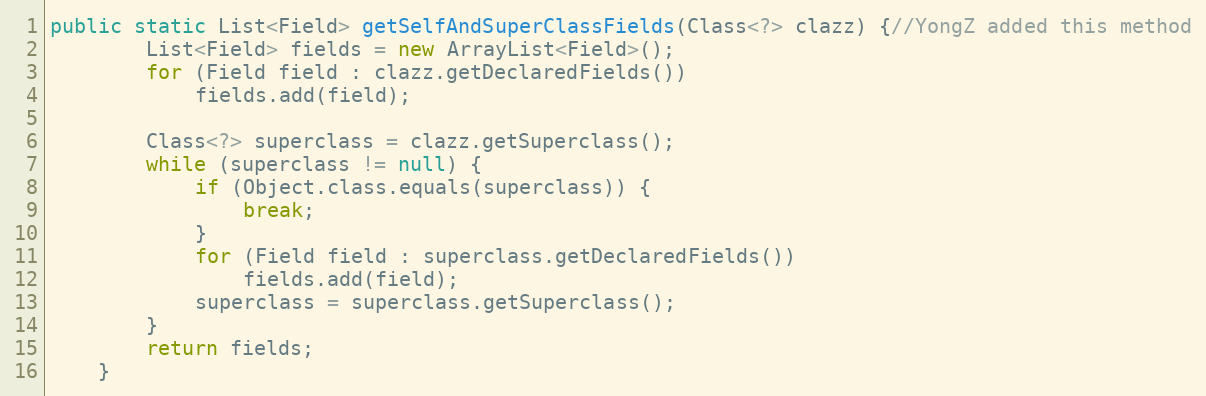
Language: Java
public static List<Field> getSelfAndSuperClassFields(Class<?> clazz) {//YongZ added this method
		List<Field> fields = new ArrayList<Field>();
		for (Field field : clazz.getDeclaredFields())
			fields.add(field);

		Class<?> superclass = clazz.getSuperclass();
		while (superclass != null) {
			if (Object.class.equals(superclass)) {
				break;
			}
			for (Field field : superclass.getDeclaredFields())
				fields.add(field);
			superclass = superclass.getSuperclass();
		}
		return fields;
	}